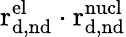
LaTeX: \mathrm{r_{d,nd}^{el}}\cdot\mathrm{r_{d,nd}^{nucl}}